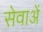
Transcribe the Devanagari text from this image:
सेवाअें